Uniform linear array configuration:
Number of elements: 4
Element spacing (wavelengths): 0.25
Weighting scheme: blackman
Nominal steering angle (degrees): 0
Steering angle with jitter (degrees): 0.009723
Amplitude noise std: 0.05
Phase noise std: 0.05

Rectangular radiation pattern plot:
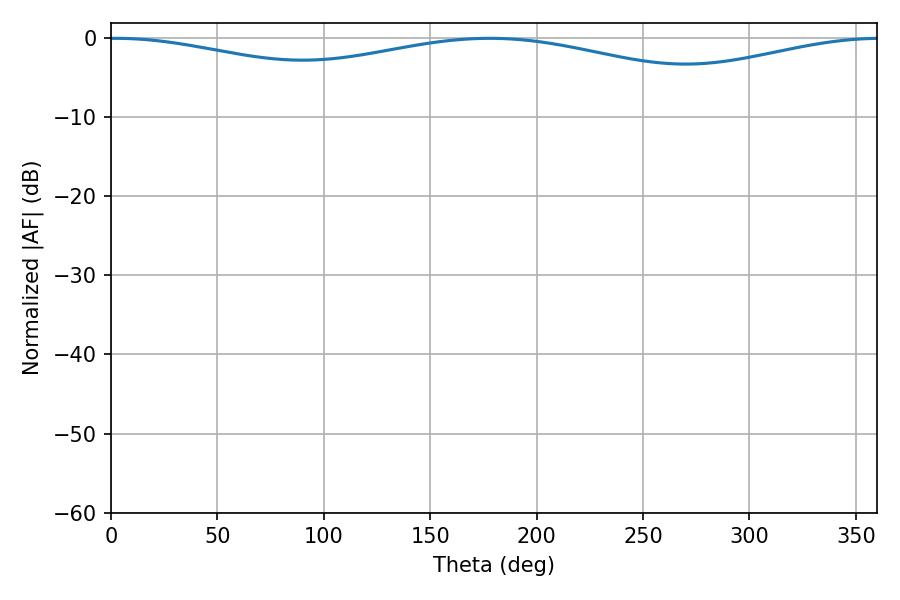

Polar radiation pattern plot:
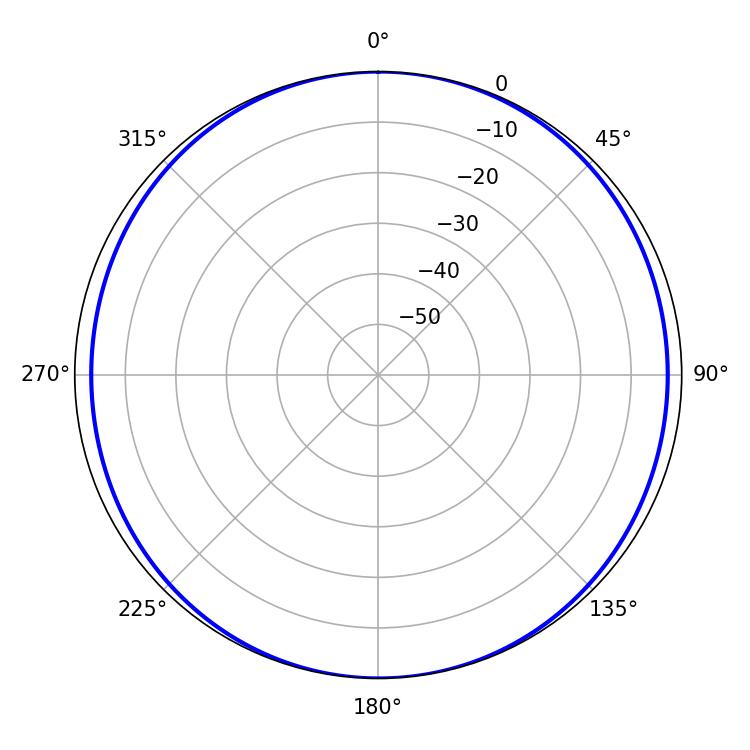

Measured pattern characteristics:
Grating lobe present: FALSE
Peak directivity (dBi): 12.954
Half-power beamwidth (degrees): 254.52
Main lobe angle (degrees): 2.16